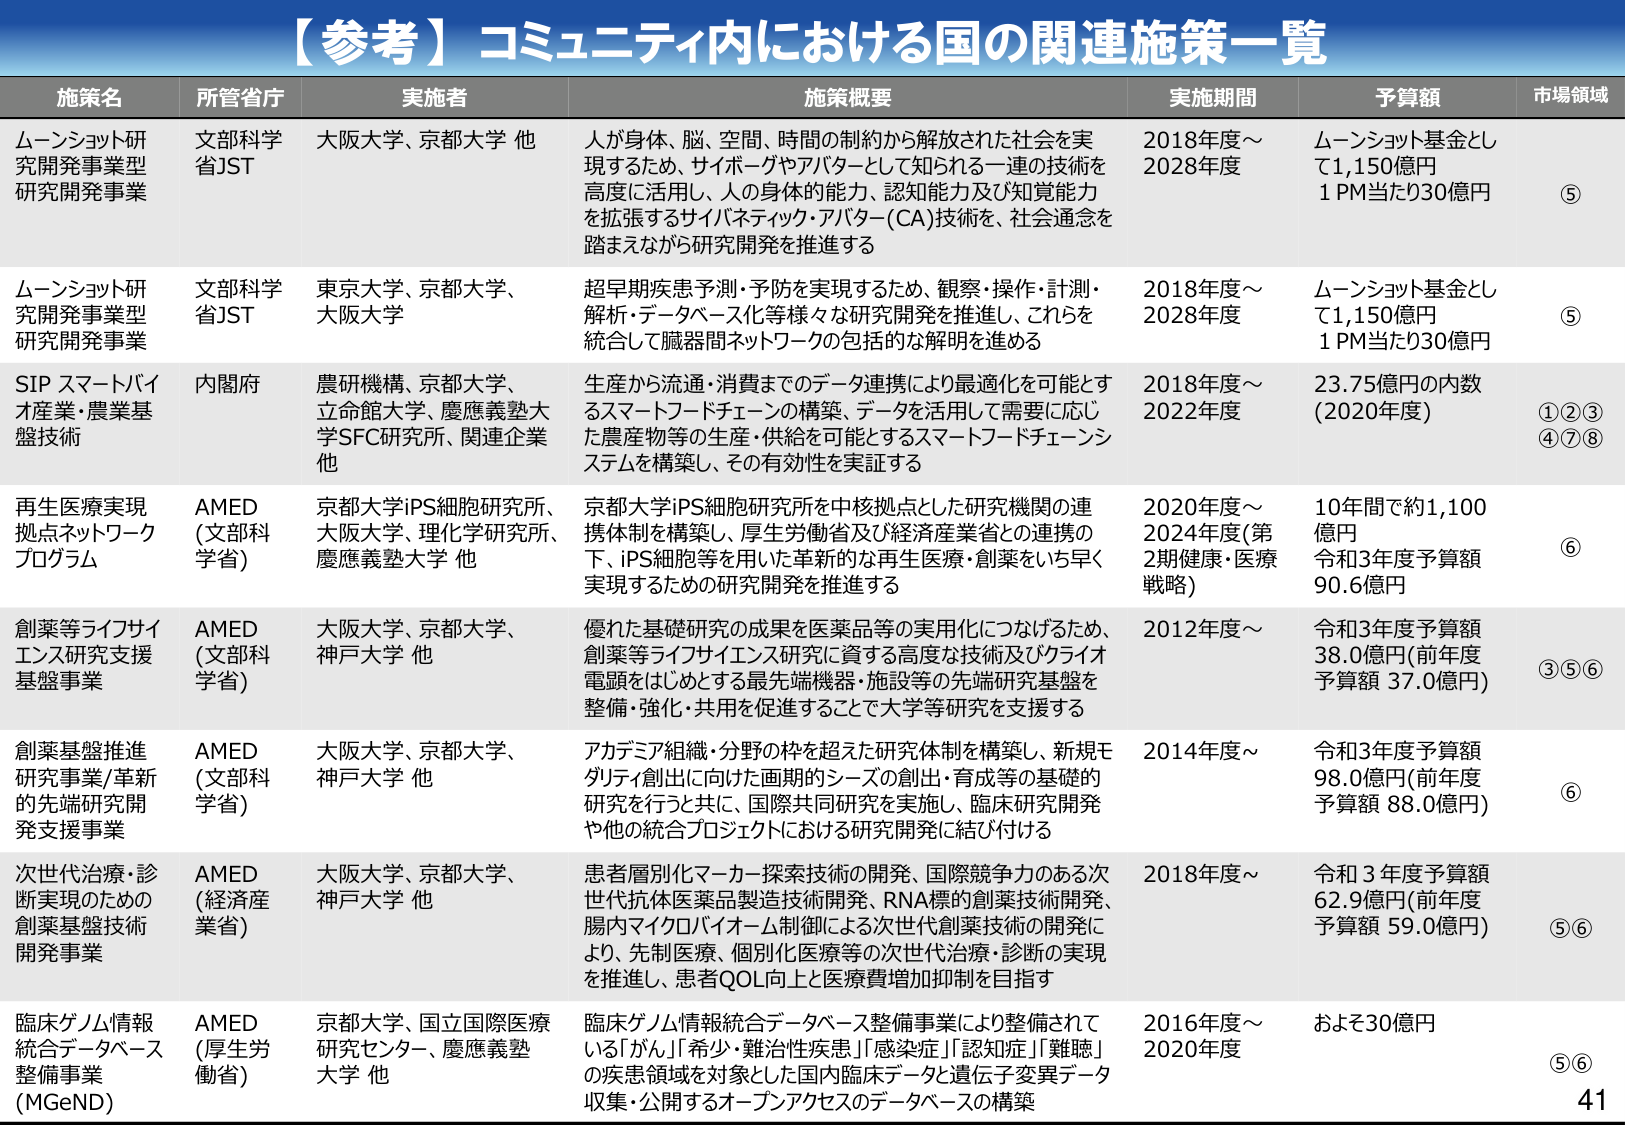
【参考】コミュニティ内における国の関連施策一覧

施策名　　　　　　　所管省庁　　　　　実施者　　　　　　　　　　　　　　　　　　　施策概要